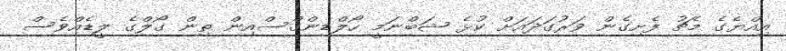
އިއްޔެގެ މެޗު ފެށިގެން ވަރުގަދައަށް ކުޅެ ޝަބްނަމީ ހޯލްޑިންގްސްއިން ތިން ގޯލްގެ ލީޑެއްވެސް